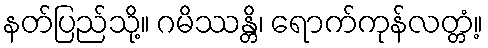
နတ်ပြည်သို့။ ဂမိဿန္တိ၊ ရောက်ကုန်လတ္တံ့။